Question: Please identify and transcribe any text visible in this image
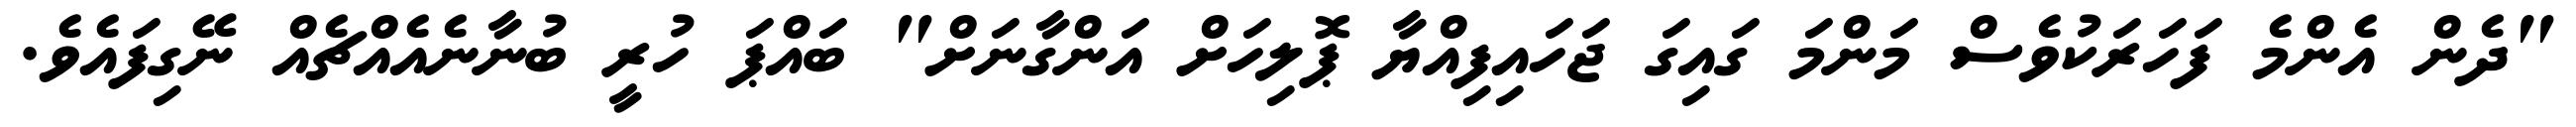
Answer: "ދެން އެންމެ ފަހަރަކުވެސް މަންމަ ގައިގަ ޖަހައިފިއްޔާ ޕޮލިހަށް އަންގާނަށް" ބައްޕަ ހުރީ ބުނާނެއެއްޗެއް ނޭގިފައެވެ.